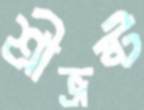
শ্রীভ্রষ্ট